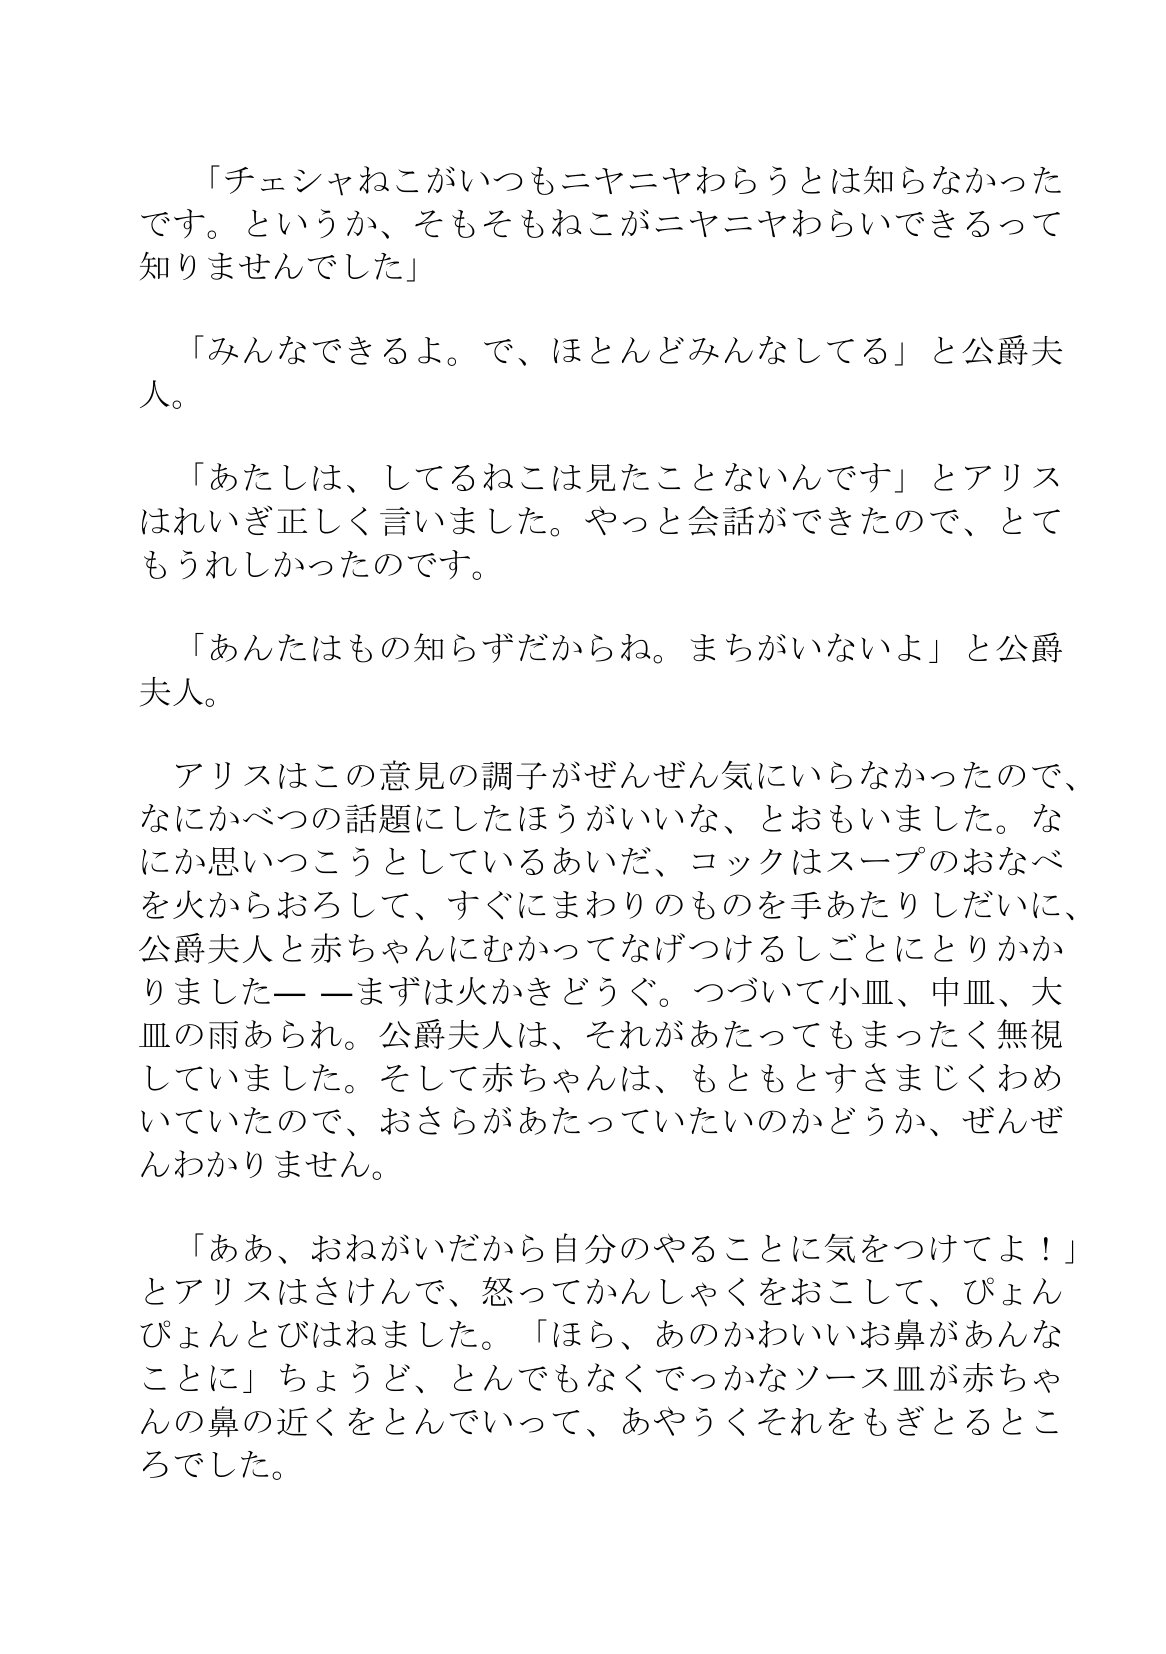
Language: ja